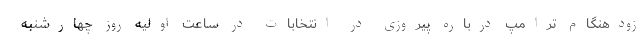
زودهنگام ترامپ درباره پیروزی در انتخابات در ساعت اولیه روز چهارشنبه